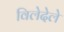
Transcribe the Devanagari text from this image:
विलेदेले